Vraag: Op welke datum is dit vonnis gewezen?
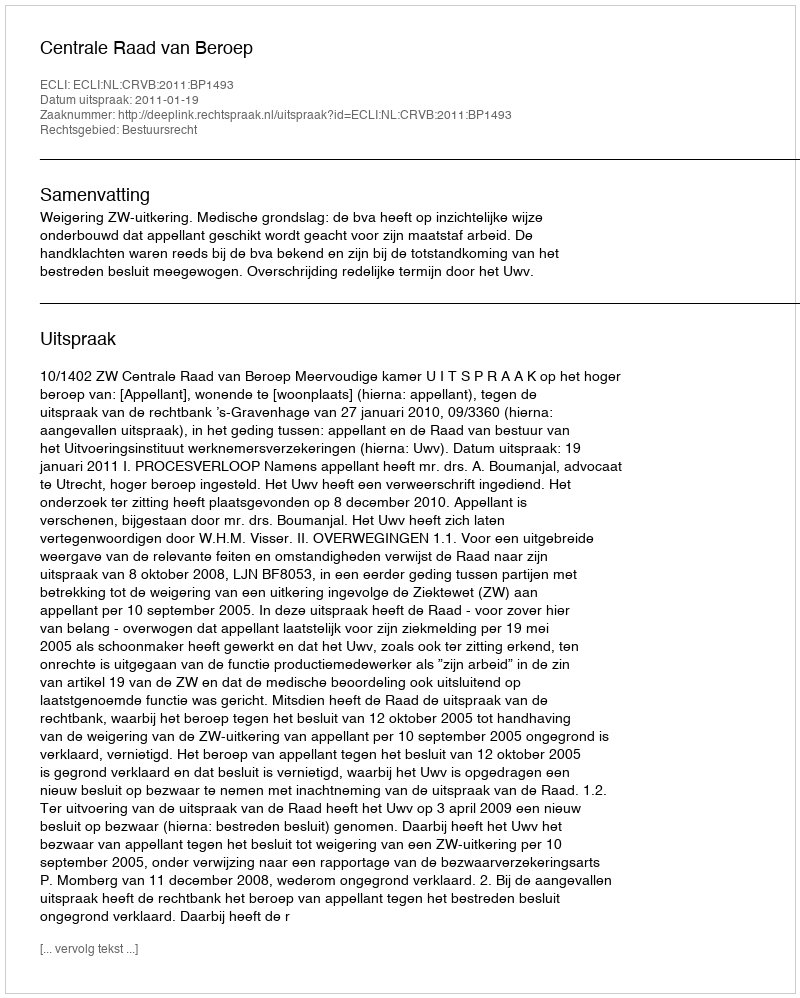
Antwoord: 2011-01-19